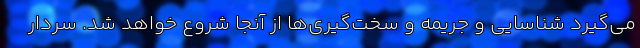
می‌گیرد شناسایی و جریمه و سخت‌گیری‌ها از آنجا شروع خواهد شد. سردار